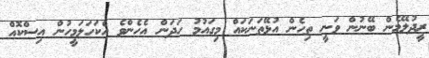
ރީދުލޭމެން ބޭނުން ވަނީ ތިހެން އުޅޭތަނަކައް މިގައުމު ހަދަން އެހެންވެ އެކަހަލަމީހުން އިސްކޮއް